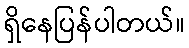
ရှိနေပြန်ပါတယ်။